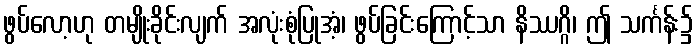
ဖွပ်လော့ဟု တမျိုးခိုင်းလျက် အလုံးစုံပြုအံ့၊ ဖွပ်ခြင်းကြောင့်သာ နိဿဂ္ဂိ၊ ဤ သင်္ကန်း၌